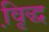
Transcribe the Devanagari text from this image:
वृि़द्ध